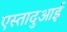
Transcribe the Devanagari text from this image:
एस्तादुआई